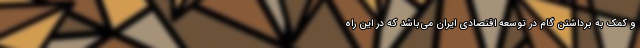
و کمک به برداشتن گام در توسعه اقتصادی ایران می‌باشد که در این راه